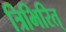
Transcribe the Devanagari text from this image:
त्रिभिरित्